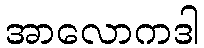
အာလောကဒါ